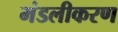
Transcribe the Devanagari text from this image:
मंडलीकरण